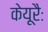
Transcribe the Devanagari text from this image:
केयूरैः